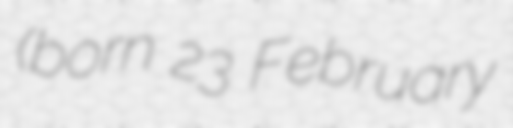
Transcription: (born 23 February